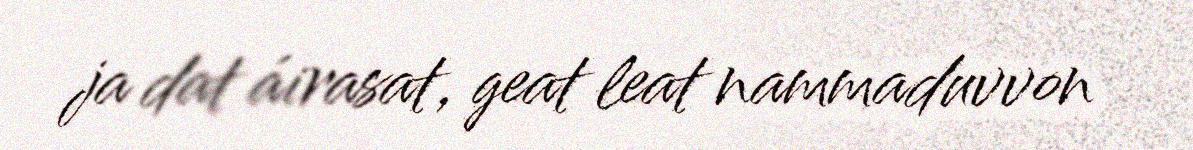
ja dat áirasat, geat leat nammaduvvon